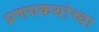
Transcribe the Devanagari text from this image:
प्रणयकथांच्या